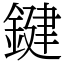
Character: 鍵